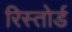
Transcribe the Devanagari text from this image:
रिस्तोर्ड